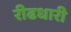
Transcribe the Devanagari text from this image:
रीढधारी